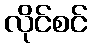
လိုင်စင်